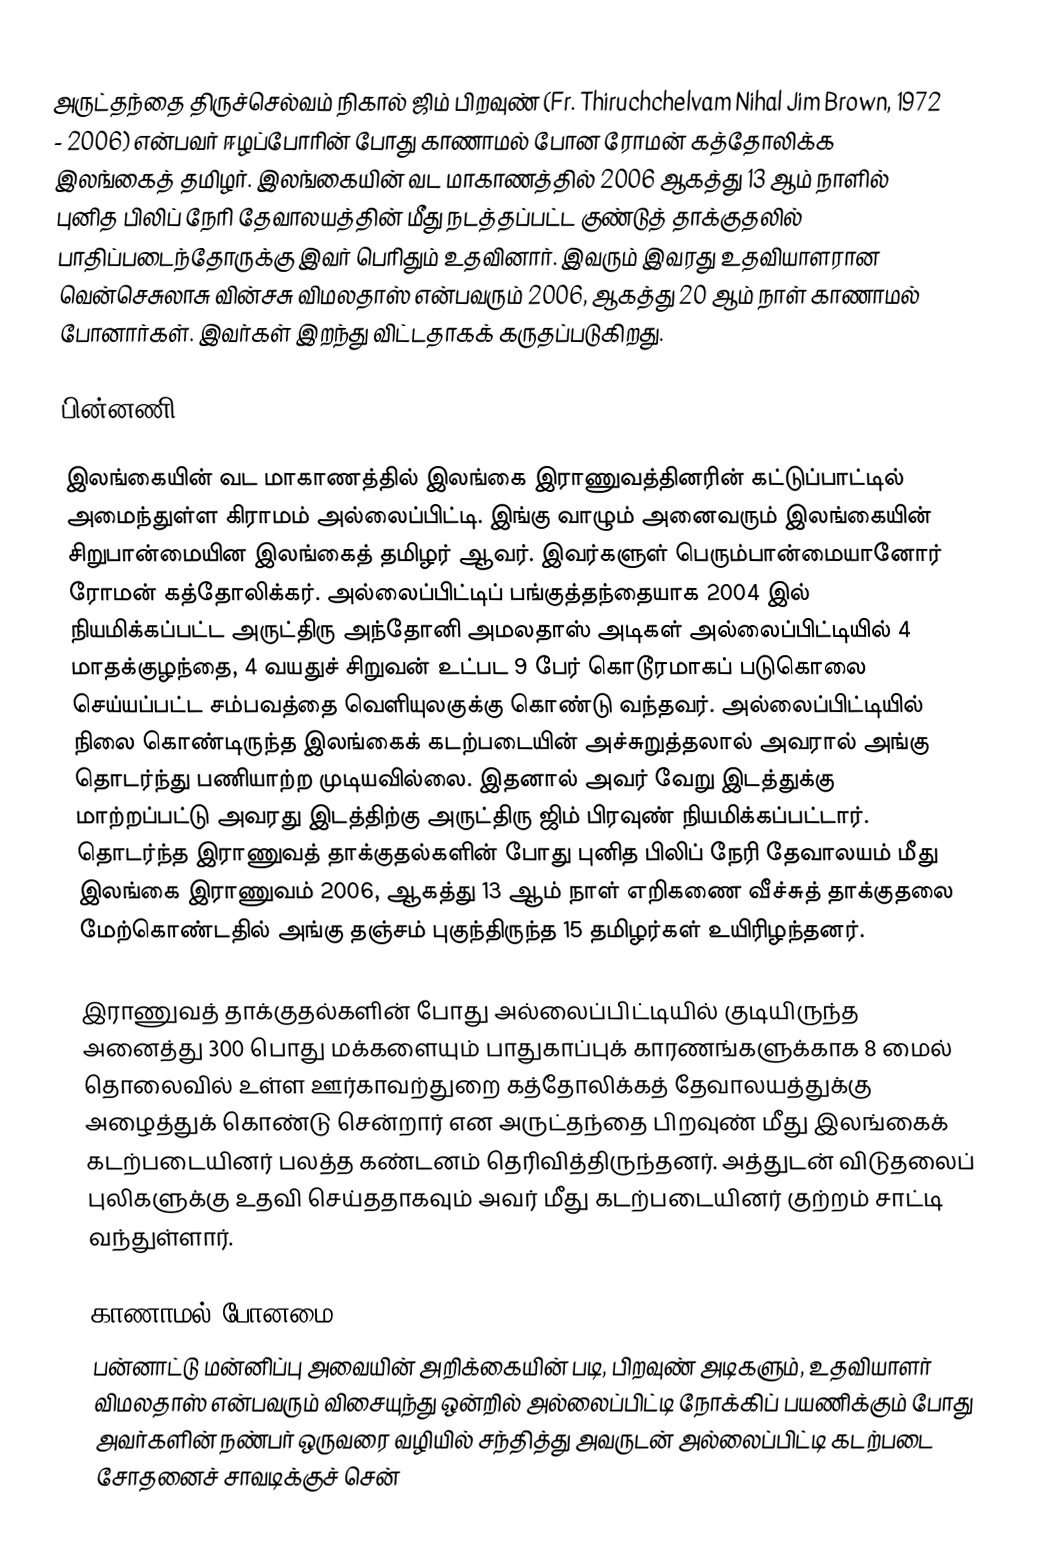
அருட்தந்தை திருச்செல்வம் நிகால் ஜிம் பிறவுண் (Fr. Thiruchchelvam Nihal Jim Brown, 1972 - 2006) என்பவர் ஈழப்போரின் போது காணாமல் போன ரோமன் கத்தோலிக்க இலங்கைத் தமிழர். இலங்கையின் வட மாகாணத்தில் 2006 ஆகத்து 13 ஆம் நாளில் புனித பிலிப் நேரி தேவாலயத்தின் மீது நடத்தப்பட்ட குண்டுத் தாக்குதலில் பாதிப்படைந்தோருக்கு இவர் பெரிதும் உதவினார். இவரும் இவரது உதவியாளரான வென்செசுலாசு வின்சசு விமலதாஸ் என்பவரும் 2006, ஆகத்து 20 ஆம் நாள் காணாமல் போனார்கள். இவர்கள் இறந்து விட்டதாகக் கருதப்படுகிறது.

பின்னணி

இலங்கையின் வட மாகாணத்தில் இலங்கை இராணுவத்தினரின் கட்டுப்பாட்டில் அமைந்துள்ள கிராமம் அல்லைப்பிட்டி. இங்கு வாழும் அனைவரும் இலங்கையின் சிறுபான்மையின இலங்கைத் தமிழர் ஆவர். இவர்களுள் பெரும்பான்மையானோர் ரோமன் கத்தோலிக்கர். அல்லைப்பிட்டிப் பங்குத்தந்தையாக 2004 இல் நியமிக்கப்பட்ட அருட்திரு அந்தோனி அமலதாஸ் அடிகள் அல்லைப்பிட்டியில் 4 மாதக்குழந்தை, 4 வயதுச் சிறுவன் உட்பட 9 பேர் கொடூரமாகப் படுகொலை செய்யப்பட்ட சம்பவத்தை வெளியுலகுக்கு கொண்டு வந்தவர். அல்லைப்பிட்டியில் நிலை கொண்டிருந்த இலங்கைக் கடற்படையின் அச்சுறுத்தலால் அவரால் அங்கு தொடர்ந்து பணியாற்ற முடியவில்லை. இதனால் அவர் வேறு இடத்துக்கு மாற்றப்பட்டு அவரது இடத்திற்கு அருட்திரு ஜிம் பிரவுண் நியமிக்கப்பட்டார். தொடர்ந்த இராணுவத் தாக்குதல்களின் போது புனித பிலிப் நேரி தேவாலயம் மீது இலங்கை இராணுவம் 2006, ஆகத்து 13 ஆம் நாள் எறிகணை வீச்சுத் தாக்குதலை மேற்கொண்டதில் அங்கு தஞ்சம் புகுந்திருந்த 15 தமிழர்கள் உயிரிழந்தனர்.

இராணுவத் தாக்குதல்களின் போது அல்லைப்பிட்டியில் குடியிருந்த அனைத்து 300 பொது மக்களையும் பாதுகாப்புக் காரணங்களுக்காக 8 மைல் தொலைவில் உள்ள ஊர்காவற்துறை கத்தோலிக்கத் தேவாலயத்துக்கு அழைத்துக் கொண்டு சென்றார் என அருட்தந்தை பிறவுண் மீது இலங்கைக் கடற்படையினர் பலத்த கண்டனம் தெரிவித்திருந்தனர். அத்துடன் விடுதலைப் புலிகளுக்கு உதவி செய்ததாகவும் அவர் மீது கடற்படையினர் குற்றம் சாட்டி வந்துள்ளார்.

காணாமல் போனமை
பன்னாட்டு மன்னிப்பு அவையின் அறிக்கையின் படி, பிறவுண் அடிகளும், உதவியாளர் விமலதாஸ் என்பவரும் விசையுந்து ஒன்றில் அல்லைப்பிட்டி நோக்கிப் பயணிக்கும் போது அவர்களின் நண்பர் ஒருவரை வழியில் சந்தித்து அவருடன் அல்லைப்பிட்டி கடற்படை சோதனைச் சாவடிக்குச் சென்